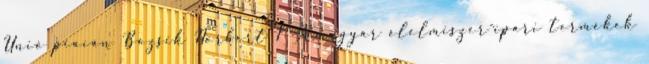
Unió piacán Bozsik Norbert 1 A magyar élelmiszer-ipari termékek